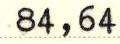
84,64